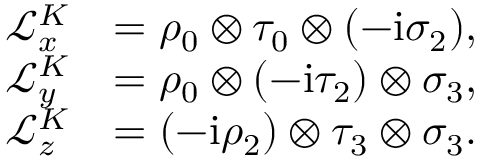
\begin{array} { r l } { \mathcal { L } _ { x } ^ { K } } & { = \rho _ { 0 } \otimes \tau _ { 0 } \otimes ( - \mathrm { i } \sigma _ { 2 } ) , } \\ { \mathcal { L } _ { y } ^ { K } } & { = \rho _ { 0 } \otimes ( - \mathrm { i } \tau _ { 2 } ) \otimes \sigma _ { 3 } , } \\ { \mathcal { L } _ { z } ^ { K } } & { = ( - \mathrm { i } \rho _ { 2 } ) \otimes \tau _ { 3 } \otimes \sigma _ { 3 } . } \end{array}